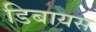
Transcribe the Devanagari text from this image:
डिबायस